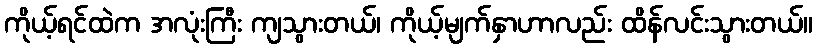
ကိုယ့်ရင်ထဲက အလုံးကြီး ကျသွားတယ်၊ ကိုယ့်မျက်နှာဟာလည်း ထိန်လင်းသွားတယ်။